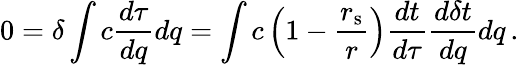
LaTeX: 0=\delta\int{c{\frac{d\tau}{dq}}dq}=\int{c\left(1-{\frac{r_{\mathrm{{s}}}}{r}}\right){\frac{dt}{d\tau}}{\frac{d\delta t}{dq}}dq}\, .